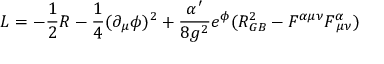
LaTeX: { \cal L } = - \frac { 1 } { 2 } R - \frac { 1 } { 4 } ( \partial _ { \mu } \phi ) ^ { 2 } + \frac { \alpha ^ { \prime } } { 8 g ^ { 2 } } e ^ { \phi } ( R _ { G B } ^ { 2 } - F ^ { \alpha \mu \nu } F _ { \, \, \mu \nu } ^ { \alpha } )